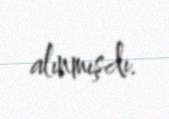
alınmışdı.